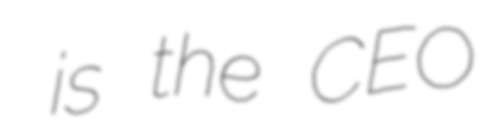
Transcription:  is the CEO